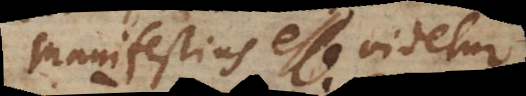
manifestius esse videtur